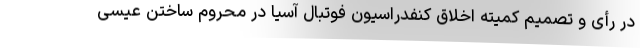
در رأی و تصمیم کمیته اخلاق کنفدراسیون فوتبال آسیا در محروم ساختن عیسی